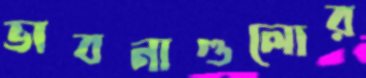
ভাবনাগুলোর